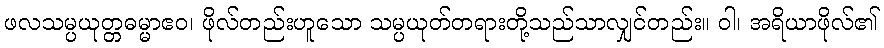
ဖလသမ္ပယုတ္တဓမ္မာဧဝ၊ ဖိုလ်တည်းဟူသော သမ္ပယုတ်တရားတို့သည်သာလျှင်တည်း။ ဝါ၊ အရိယာဖိုလ်၏